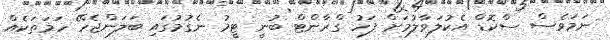
ނަމަވެސް ސްކޮޑް އެކުލަވާލުމަށް ފަހު ގްރާންޓް ބުނީ ޓީމު ނެގުމުގައި ބަލަންޖެހޭ ހަމަތަކެއް